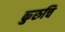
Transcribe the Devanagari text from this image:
कुरुचि